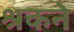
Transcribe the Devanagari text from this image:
श्रकने